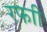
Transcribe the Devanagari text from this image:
रफाी